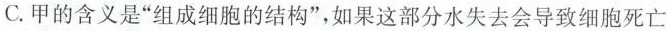
C.甲的含义是”组成细胞的结构”，如果这部分水失去会导致细胞死亡